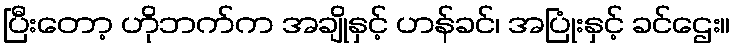
ပြီးတော့ ဟိုဘက်က အချိုနှင့် ဟန်ခင်၊ အပြုံးနှင့် ခင်ဌေး။